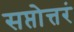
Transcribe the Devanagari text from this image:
सप्तोत्तरं